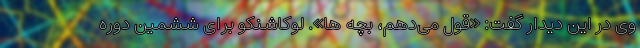
وی در این دیدار گفت: «قول می‌دهم، بچه ها». لوکاشنکو برای ششمین دوره